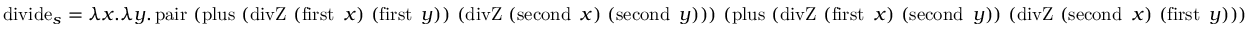
\operatorname { d i v i d e } _ { s } = \lambda x . \lambda y . \operatorname { p a i r } \ ( \operatorname { p l u s } \ ( \operatorname { d i v Z } \ ( \operatorname { f i r s t } \ x ) \ ( \operatorname { f i r s t } \ y ) ) \ ( \operatorname { d i v Z } \ ( \operatorname { s e c o n d } \ x ) \ ( \operatorname { s e c o n d } \ y ) ) ) \ ( \operatorname { p l u s } \ ( \operatorname { d i v Z } \ ( \operatorname { f i r s t } \ x ) \ ( \operatorname { s e c o n d } \ y ) ) \ ( \operatorname { d i v Z } \ ( \operatorname { s e c o n d } \ x ) \ ( \operatorname { f i r s t } \ y ) ) )